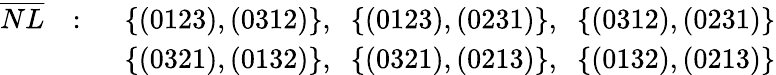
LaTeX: \begin{array}{rll}{{\overline{{{NL}}}}}&{{:\; \; }}&{{\{ (0123),(0312)\} ,\; \; \{ (0123),(0231)\} ,\; \; \{ (0312),(0231)\} }}\\ {{}}&{{}}&{{\{ (0321),(0132)\} ,\; \; \{ (0321),(0213)\} ,\; \; \{ (0132),(0213)\} }}\end{array}